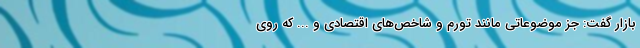
بازار گفت: جز موضوعاتی مانند تورم و شاخص‌های اقتصادی و ... که روی